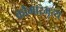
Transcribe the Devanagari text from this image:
कौमारभृत्‍य